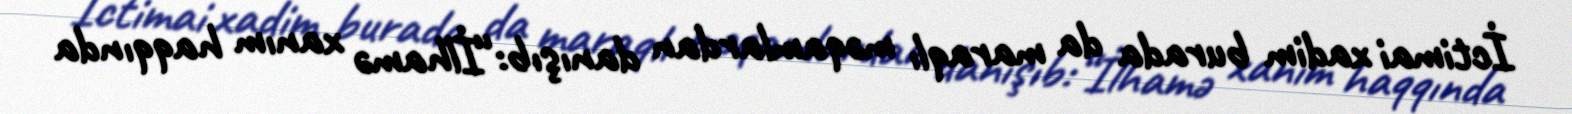
İctimai xadim burada da maraqlı məqamlardan danışıb:“İlhamə xanım haqqında